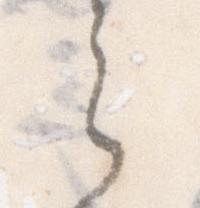
之